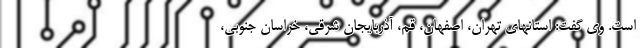
است. وی گفت: استانهای تهران، اصفهان، قم، آذربایجان شرقی، خراسان جنوبی،